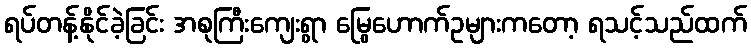
ရပ်တန့်နိုင်ခဲ့ခြင်း အစုကြီးကျေးရွာ မြွေဟောက်ဥများကတော့ ရသင့်သည်ထက်